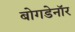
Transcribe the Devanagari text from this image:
बोगडेनॉर